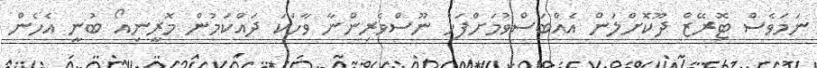
ނަމަވެސް ޓޮރޭޒް ދޫކޮށްލަން އެއްބަސްވުމަށްފަހު ނޫސްވެރިންނާ ވާހަކަ ދައްކަމުން މޮރީނިއޯ ބުނީ އެހެން